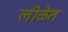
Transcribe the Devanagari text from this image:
लीळेत